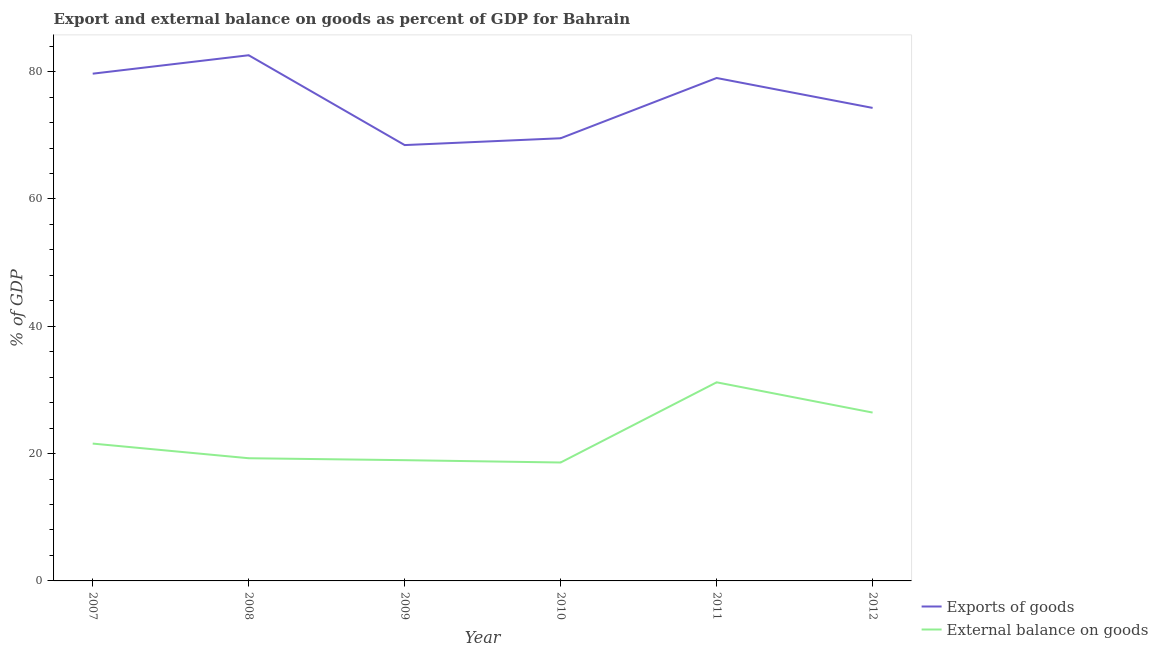
| Year | Exports of goods | External balance on goods |
 | --- | --- | --- |
 | 2007 | 79.7 | 21.6 |
 | 2008 | 82.6 | 19.3 |
 | 2009 | 68.5 | 19 |
 | 2010 | 69.5 | 18.6 |
 | 2011 | 79 | 31.2 |
 | 2012 | 74.3 | 26.4 |